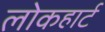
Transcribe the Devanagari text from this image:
लोकहार्ट